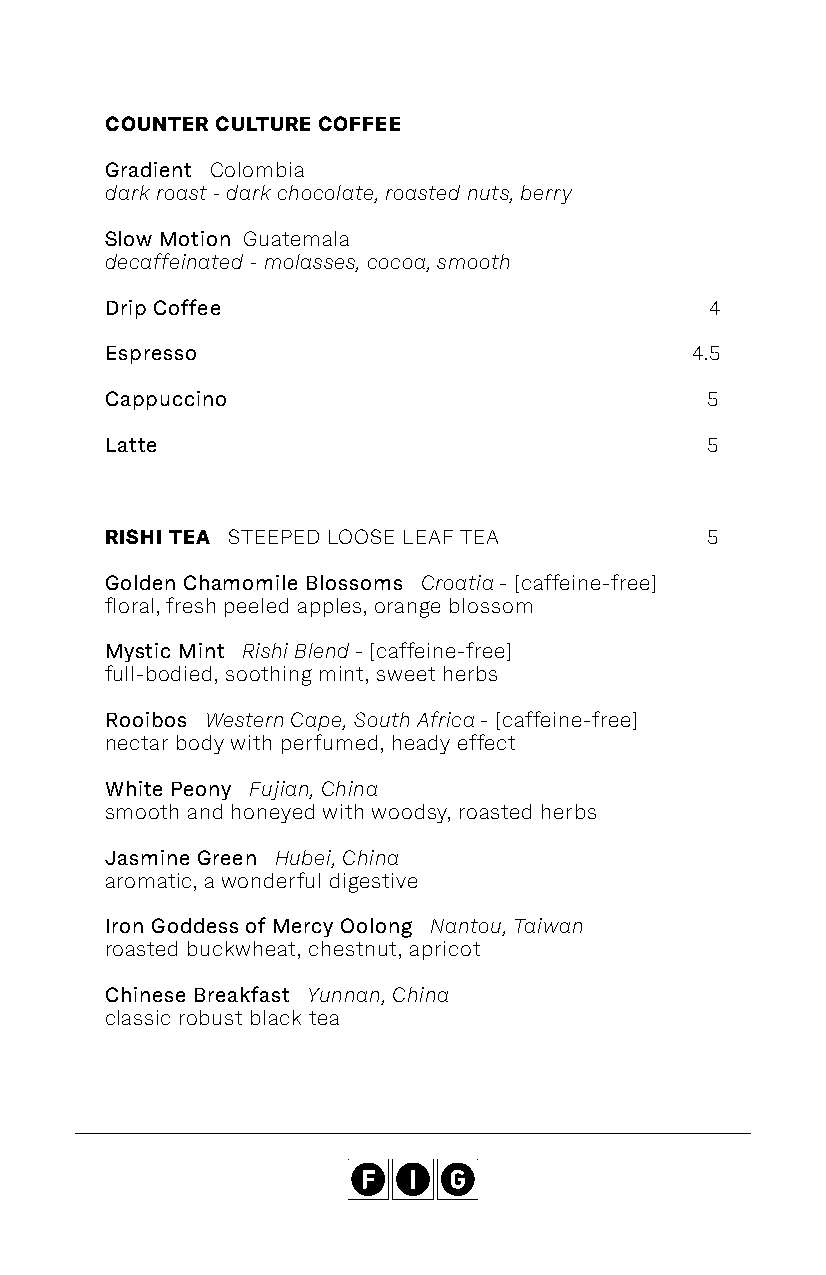
COUNTER CULTURE COFFEE
 Gradient Colombia
 dark roast - dark chocolate, roasted nuts, berry
 Slow Motion Guatemala
 decaffeinated - molasses, cocoa, smooth
 Drip Coffee                             4
 Espresso                               4.5
 Cappuccino                              5
 Latte                                   5
 RISHI TEA STEEPED LOOSE LEAF TEA        5
 Golden Chamomile Blossoms Croatia - [caffeine-free]
 floral, fresh peeled apples, orange blossom
 Mystic Mint Rishi Blend - [caffeine-free]
 full-bodied, soothing mint, sweet herbs
 Rooibos Western Cape, South Africa - [caffeine-free]
 nectar body with perfumed, heady effect
 White Peony Fujian, China
 smooth and honeyed with woodsy, roasted herbs
 Jasmine Green Hubei, China
 aromatic, a wonderful digestive
 Iron Goddess of Mercy Oolong Nantou, Taiwan
 roasted buckwheat, chestnut, apricot
 Chinese Breakfast Yunnan, China
 classic robust black tea